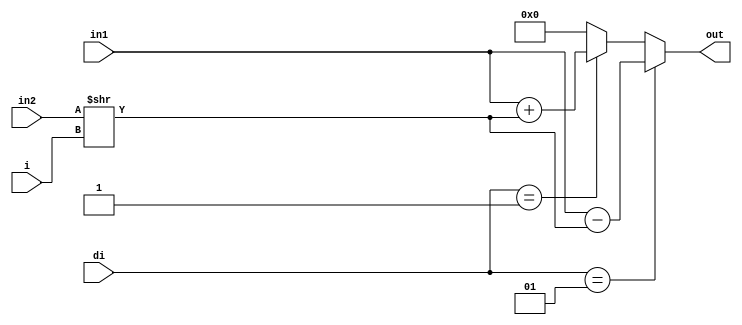
`timescale 1ns / 1ps
//////////////////////////////////////////////////////////////////////////////////
// Company: 
// Engineer: 
// 
// Design Name: 
// Module Name: CalculateXYZ
// Project Name: 
// Target Devices: 
// Tool Versions: 
// Description: 
// 
// Dependencies: 
// 
// Revision:
// Revision 0.01 - File Created
// Additional Comments:
// 
//////////////////////////////////////////////////////////////////////////////////
module CalculateX #(parameter WLI = 8, WLF = 8)
    (input [(WLI+WLF)-1:0] in1, in2,
    input signed [1:0] di,
    input [3:0] i,
    output reg [(WLI+WLF)-1:0] out);
    
    always @(*) begin
        out = (di == 1) ? in1 - (in2>>i) : (di == -1) ? in1 + (in2>>i) : 0;
    end
endmodule

module CalculateY #(parameter WLI = 8, WLF = 8)
    (input [(WLI+WLF)-1:0] in1, in2,
    input signed [1:0] di,
    input [3:0] i,
    output reg [(WLI+WLF)-1:0] out);
    
    always @(*) begin
        out = (di == 1) ? in1 + (in2>>i) : (di == -1) ? in1 - (in2>>i) : 0;
    end
endmodule

module CalculateZ #(parameter WLI = 8, WLF = 8)
    (input [(WLI+WLF)-1:0] in1, in2,
    input signed [1:0] di,
    input [3:0] i,
    output reg [(WLI+WLF)-1:0] out);
    
    always @(*) begin
        out = (di == 1) ? in1 + in2 : (di == -1) ? in1 - in2 : 0;
    end
endmodule